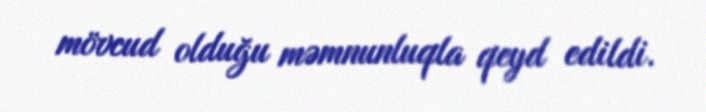
mövcud olduğu məmnunluqla qeyd edildi.